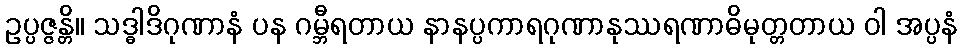
ဥပ္ပဇ္ဇန္တိ။ သဒ္ဓါဒိဂုဏာနံ ပန ဂမ္ဘီရတာယ နာနပ္ပကာရဂုဏာနုဿရဏာဓိမုတ္တတာယ ဝါ အပ္ပနံ